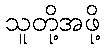
သူတို့အဖို့